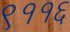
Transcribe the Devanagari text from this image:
९११६